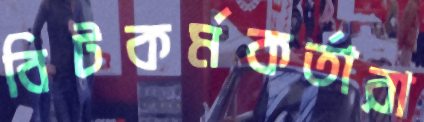
বিটকর্মকর্তারা